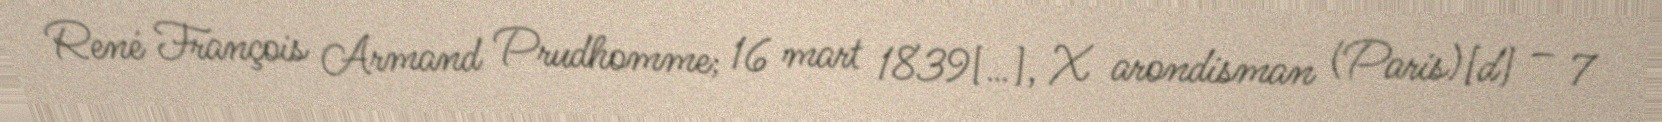
René François Armand Prudhomme; 16 mart 1839[…], X arondisman (Paris)[d] – 7